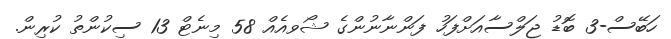
ހަބޭސް-3 ބޮޑު ޖަލްސާއަށްފަހު ފަންނާނުންގެ ޝޯވއެއް 58 މިނެޓް 13 ސިކުންތު ކުރިން.